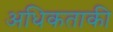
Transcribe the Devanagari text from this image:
अधिकताकी